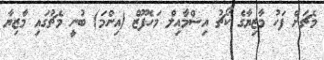
މެޗަށް ފަހު މާޒިޔާގެ ކޯޗު އިސްމާއިލް މަހެފޫޒް (އިންމަ) ބުނީ މެޗުގައި މާޒިޔާ